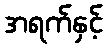
အရက်နှင့်